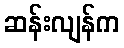
ဆန်းလျန်က